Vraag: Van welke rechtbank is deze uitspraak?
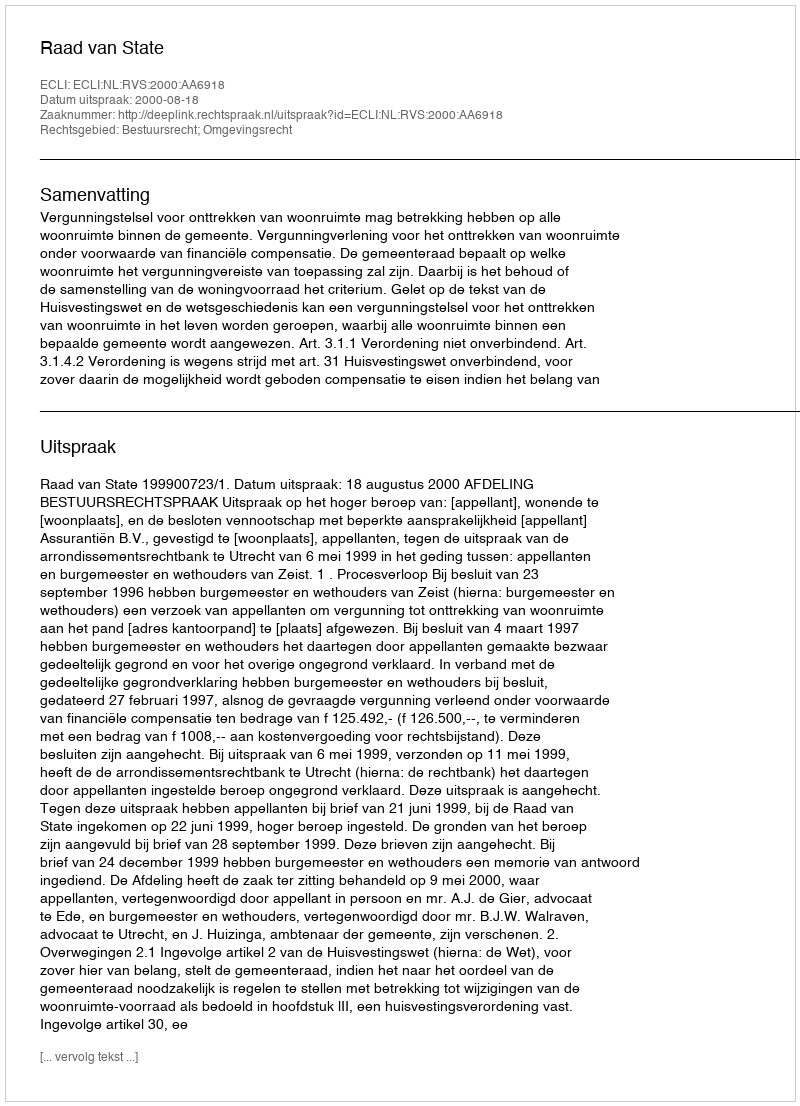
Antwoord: Raad van State